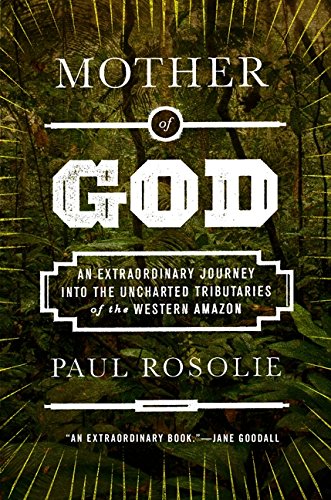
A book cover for Mother of God: An Extraordinary Journey into the Uncharted Tributaries of the Western Amazon; Paul Rosolie; Travel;